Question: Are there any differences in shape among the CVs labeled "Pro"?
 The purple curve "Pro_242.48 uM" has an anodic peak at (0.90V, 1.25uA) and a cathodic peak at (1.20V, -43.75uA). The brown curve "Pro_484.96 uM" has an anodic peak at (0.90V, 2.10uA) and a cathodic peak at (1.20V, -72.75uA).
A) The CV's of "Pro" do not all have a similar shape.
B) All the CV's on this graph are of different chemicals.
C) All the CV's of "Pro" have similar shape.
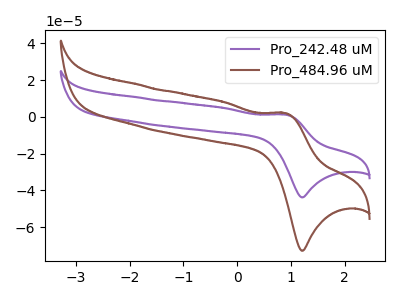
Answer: <think>All the peaks in "Pro_242.48 uM" have a peak in "Pro_484.96 uM" at the same potential. Every peak in "Pro_242.48 uM" is lower than every peak in "Pro_484.96 uM".
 </think>
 <answer>C) All the CV's of "Pro" have similar shape.</answer>
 <eval>C</eval>